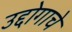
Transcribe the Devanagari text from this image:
उद्दोगाचे